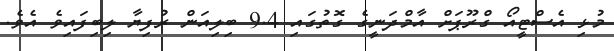
މުޅި އެސްޓީއޯ ގްރޫޕަށް އާމްދަނީގެ ގޮތުގައި 9.4 ބިލިއަން ރުފިޔާ ލިބިފައިވެ އެވެ.